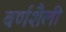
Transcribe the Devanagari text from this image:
वर्णशैली